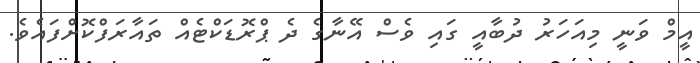
އީމް ވަނީ މިއަހަރު ދުބާއީ ގައި ވެސް އޭނާގެ ދެ ޕްރޮޑަކްޓެއް ތައާރަފްކޮށްފައެވެ.